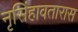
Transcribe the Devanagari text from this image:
नृसिंहावतारास